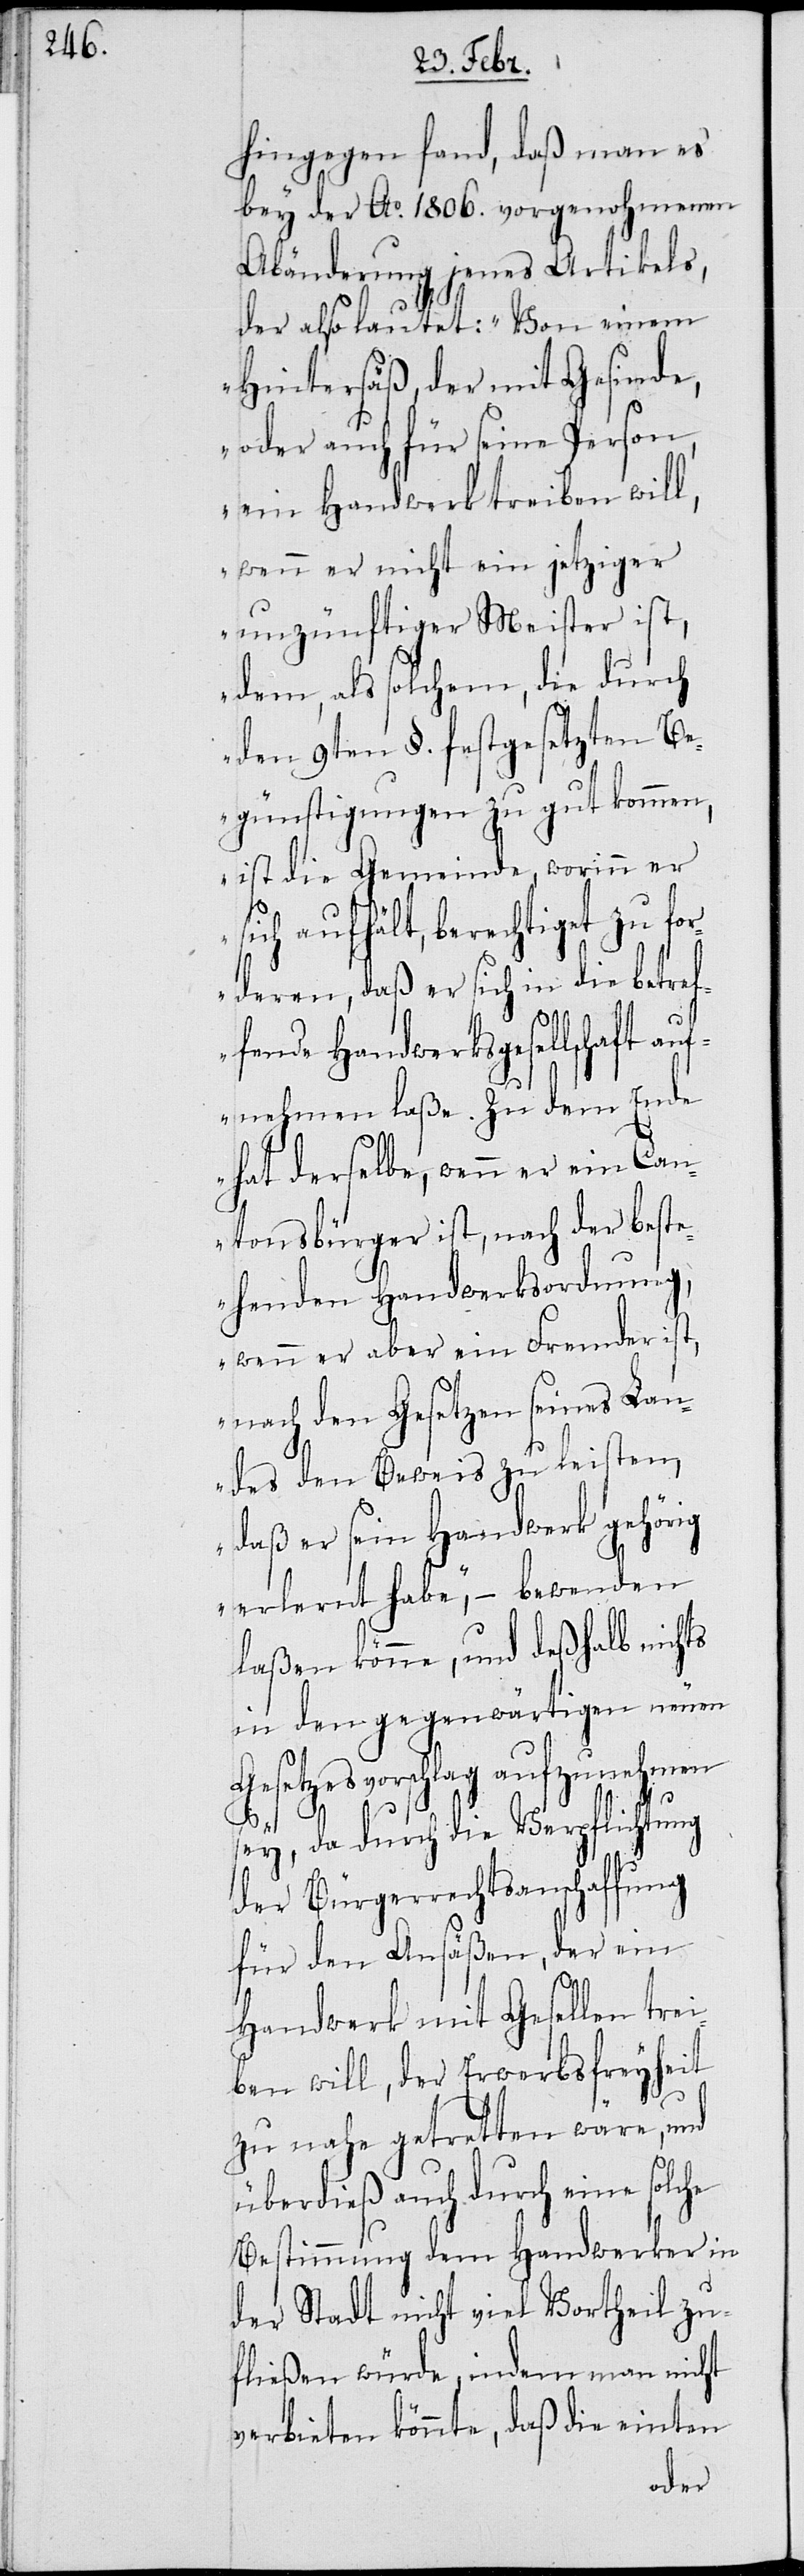
hingegen fand, daß man es
bey der Ao. 1806. vorgenohmenen
Abänderung jenes Artikels,
der also lautet: „Von einem
Hintersäß, der mit Gesinde,
oder auch für seine Person,
ein Handwerk treiben will,
wenn er nicht ein jetziger
unzünftiger Meister ist,
dem, als solchem, die durch
den 9ten §. festgesetzten Be¬
günstigungen zu gut kommen,
ist die Gemeinde, worinn er
sich aufhält, berechtigt zu for¬
deren, daß er sich in die betref¬
fende Handwerksgesellschaft
aufnehmen laße. Zu dem Ende
hat derselbe, wenn es ein Can¬
tonsbürger ist, nach der betre¬
ffenden Handwerksordnung,
wenn er aber ein Fremder ist,
nach den Gesetzen seines La¬
ndes den Beweis zu leisten,
daß er sein Handwerk gehörig
erlernt habe,“ – bewenden
laßen könne, und deshalb nichts
in den gegenwärtigen neuen
Gesetzesvorschlag aufzunehmen
sey, da durch die Verpflichtung
der Bürgerrechtsanschaffung
für den Ansäßen, der ein
Handwerk mit Gesellen trei¬
ben will, der Erwerbsfreyheit
zu nahe getretten wäre, und
überdieß auch durch eine solche
Bestimmung dem Handwerker in
der Stadt nicht viel Vortheil zu¬
fließen würde, indem man nicht
verbieten könnte, daß die einten